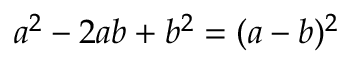
a ^ { 2 } - 2 a b + b ^ { 2 } = ( a - b ) ^ { 2 }